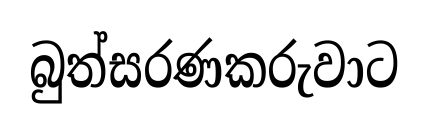
බුත්සරණකරුවාට